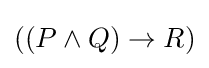
((P\land Q)\to R)